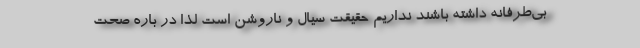
بی‌طرفانه داشته باشند نداریم حقیقت سیال و ناروشن است لذا در باره صحت